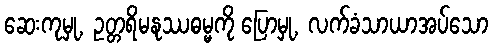
ဆေးကုမှု, ဥတ္တရိမနုဿဓမ္မကို ပြောမှု, လက်ခံသာယာအပ်သော